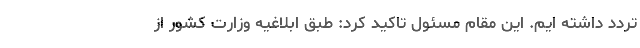
تردد داشته ایم. این مقام مسئول تاکید کرد: طبق ابلاغیه وزارت کشور از